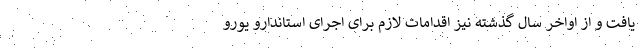
یافت و از اواخر سال گذشته نیز اقدامات لازم برای اجرای استاندارو یورو